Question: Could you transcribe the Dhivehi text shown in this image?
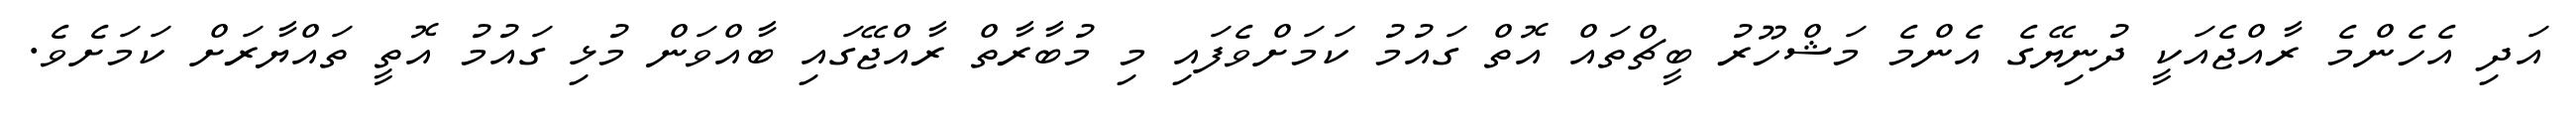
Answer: އަދި އެހެންމެ ރާއްޖެއަކީ ދުނިޔޭގެ އެންމެ މަޝްހޫރު ބީޗްތައް އޮތް ގައުމު ކަމަށްވެފައި މި މުބާރާތް ރާއްޖޭގައި ބާއްވަން މުޅި ގައުމު އޮތީ ތައްޔާރަށް ކަމަށެވެ.